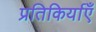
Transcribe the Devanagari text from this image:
प्रतिकिर्याएँ